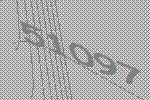
51097